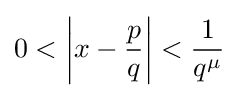
0<\left|x-{\frac {p}{q}}\right|<{\frac {1}{q^{\mu }}}